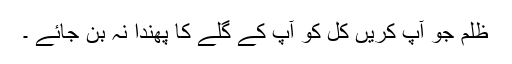
ظلم جو آپ کریں کل کو آپ کے گلے کا پھندا نہ بن جائے ۔